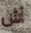
أش